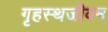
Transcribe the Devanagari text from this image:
गृहस्थजीवन